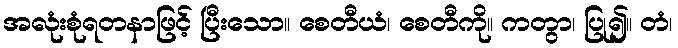
အလုံးစုံရတနာဖြင့် ပြီးသော။ စေတီယံ၊ စေတီကို။ ကတွာ၊ ပြု၍။ တံ၊